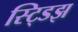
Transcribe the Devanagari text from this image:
स्ट्डिझ